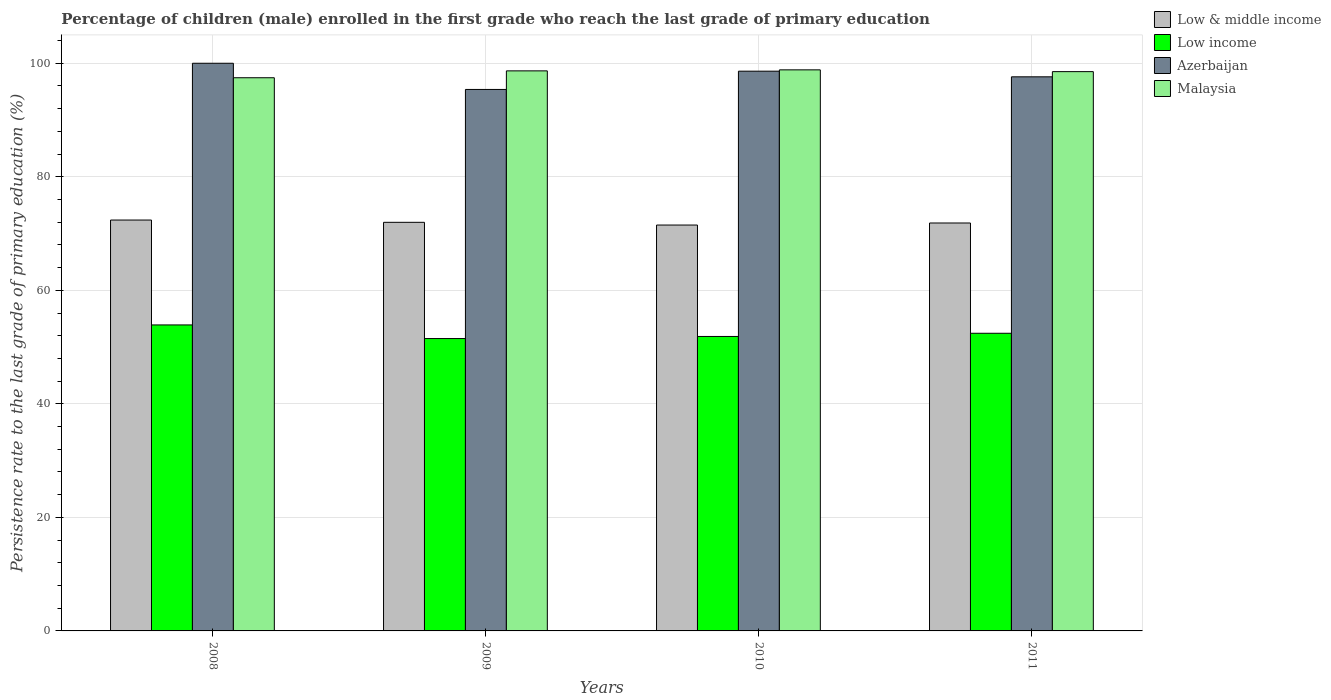
| Years | Low & middle income | Low income | Azerbaijan | Malaysia |
 | --- | --- | --- | --- | --- |
 | 2008 | 72.4 | 53.9 | 100 | 97.4 |
 | 2009 | 72 | 51.5 | 95.4 | 98.7 |
 | 2010 | 71.5 | 51.9 | 98.6 | 98.8 |
 | 2011 | 71.9 | 52.4 | 97.6 | 98.5 |